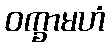
ဝက္ခာမဟံ